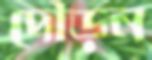
দৌড়ন